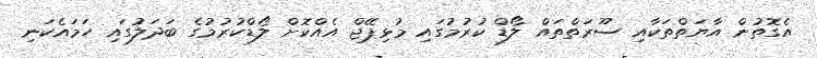
އެގޮތުން އާޔަތްތަކާއި ސޫރަތްތައް ލޯޑް ކުރުމުގައި މުޅިޕޭޖް އެއްކޮށް ލޯޑްކުރުމުގެ ބަދަލުގައި ހަމައެކަނި